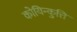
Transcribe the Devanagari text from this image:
कोयिन्कुत्ति